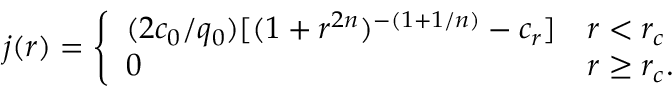
j ( r ) = \left\{ \begin{array} { l l } { ( 2 c _ { 0 } / q _ { 0 } ) [ ( 1 + r ^ { 2 n } ) ^ { - ( 1 + 1 / n ) } - c _ { r } ] } & { r < r _ { c } } \\ { 0 } & { r \ge r _ { c } . } \end{array} \right.